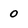
Character: 0